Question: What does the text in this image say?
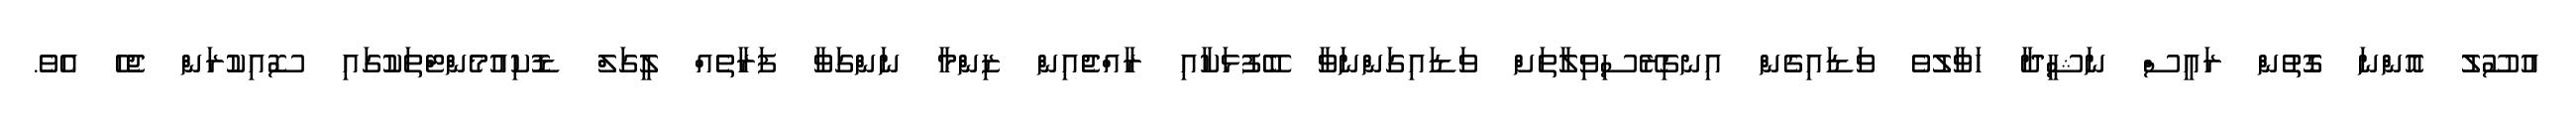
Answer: އުސޫލު އޮންނަ ގޮތުން ރައީސް ނަޝީދާ ހަވާލުވެ ވަޑައިގެން އިނގިރޭސިވިލާތަށް ވަޑައިގަންނަވާ ބޭފުޅަކާއި ރާއްޖެއިން ޒިންމާ ނަންގަވާ ފަރާތެއް ލީގަލް ޑޮކިއުމެންޓްތަކުގައި ސޮއިކުރަން ޖެހެ އެވެ.